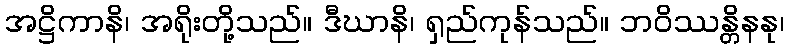
အဋ္ဌိကာနိ၊ အရိုးတို့သည်။ ဒီဃာနိ၊ ရှည်ကုန်သည်။ ဘဝိဿန္တိနနု၊